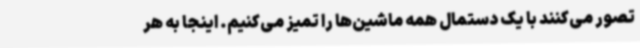
تصور می‌کنند با یک دستمال همه ماشین‌ها را تمیز می‌کنیم. اینجا به هر